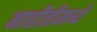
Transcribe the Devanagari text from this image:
माहीतीमध्ये